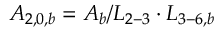
{ A _ { 2 , 0 , b } } = { A _ { b } } / { L _ { 2 - 3 } } \cdot { L _ { 3 - 6 , b } }